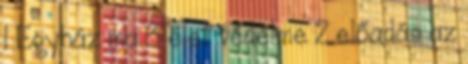
1 Egyház ma 3 élet védelme 2 előadás az